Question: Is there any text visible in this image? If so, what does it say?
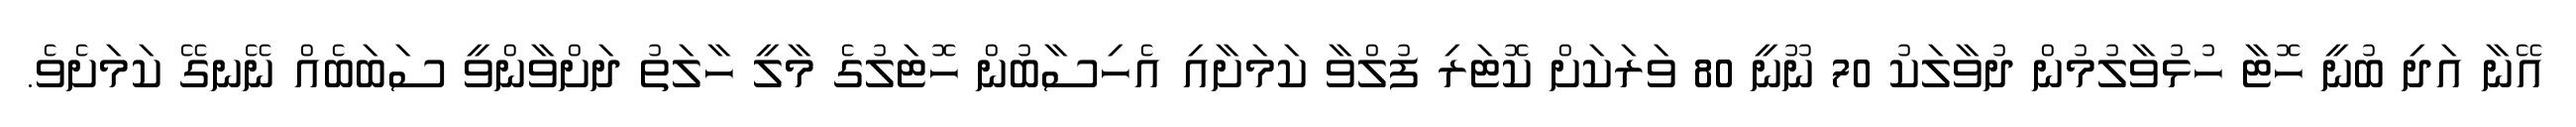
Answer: އޭނާ އަދި ބުނީ ހޮޓާ ހުޅުވާލުމުން ދުވާލަކު 70 ނޫނީ 80 ވަރަކަށް ކޮޓަރި ފުލްވާ ކަމަށާއި އެހިސާބުން ހޮޓަލުގެ މާލީ ހާލަތު ދަށްވާންވީ ސަބަބެއް ނޭނގޭ ކަމަށެވެ.